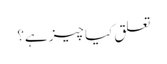
تعلق کیا چیز ہے؟